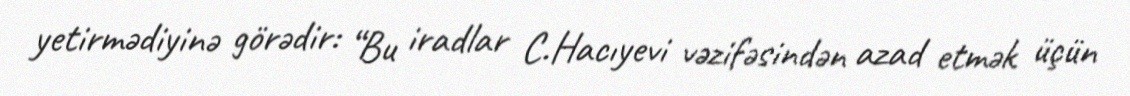
yetirmədiyinə görədir: “Bu iradlar C.Hacıyevi vəzifəsindən azad etmək üçün